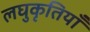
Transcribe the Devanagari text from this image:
लघुकृतियाँ